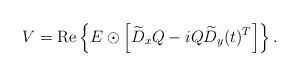
LaTeX: \begin{align*} V = \operatorname{Re} \left\{ E \odot \Bigl[ \widetilde{D}_x Q - i Q \widetilde{D}_y(t)^T \Bigr] \right\}.\end{align*}